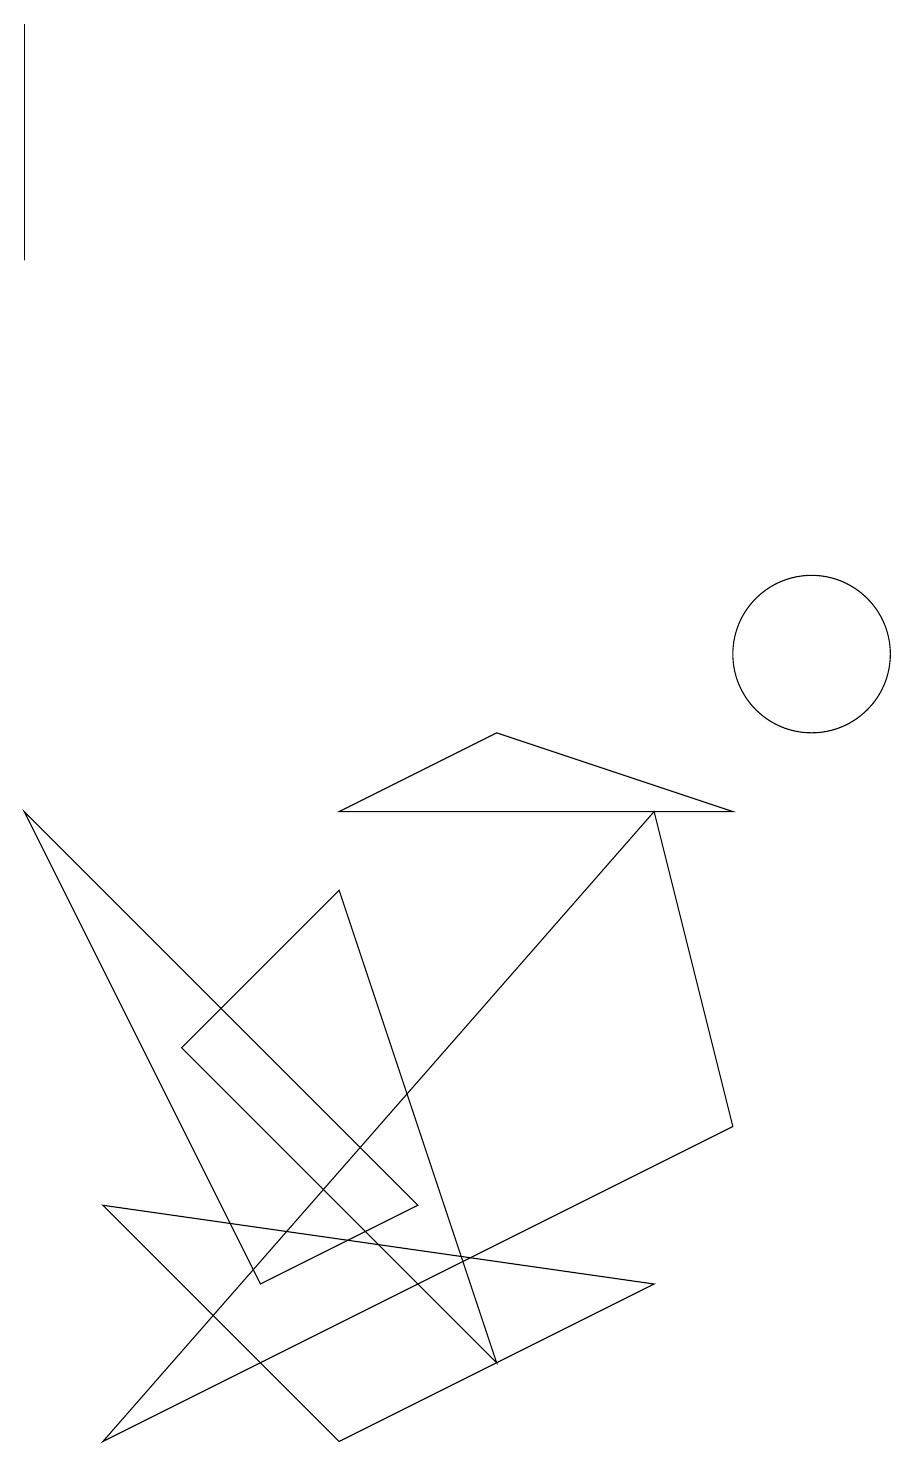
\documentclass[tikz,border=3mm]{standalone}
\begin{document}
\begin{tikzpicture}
\draw (1,0) -- (9,4) -- (8,8) -- cycle;
\draw (6,9) -- (9,8) -- (4,8) -- cycle;
\draw (3,2) -- (5,3) -- (0,8) -- cycle;
\draw (4,7) -- (6,1) -- (2,5) -- cycle;
\draw (10,10) circle (1);
\draw (4,0) -- (8,2) -- (1,3) -- cycle;
\draw (0,15) rectangle (0,18);
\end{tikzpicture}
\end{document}